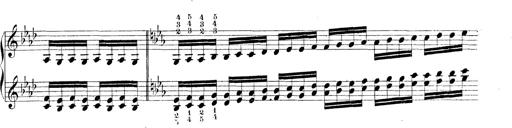
Title: Technische Studien
Composer: Franz Liszt